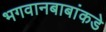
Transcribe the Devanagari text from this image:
भगवानबाबांकडे